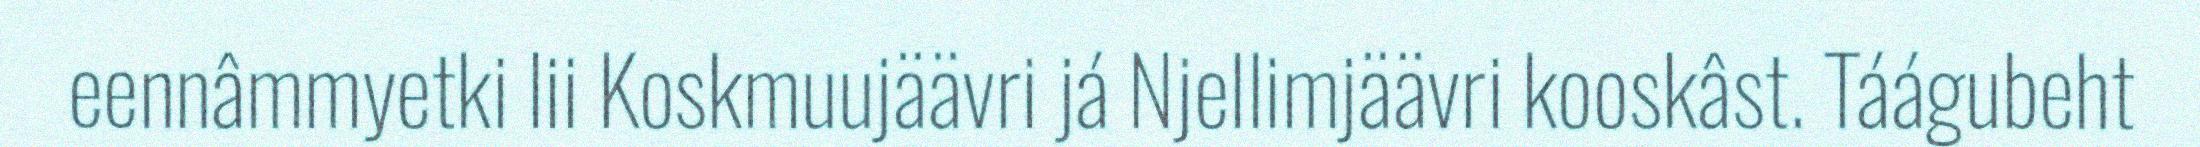
eennâmmyetki lii Koskmuujäävri já Njellimjäävri kooskâst. Táágubeht